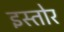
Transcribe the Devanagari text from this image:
इस्तोर